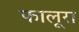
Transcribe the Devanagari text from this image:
फालूरा